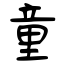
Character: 童